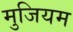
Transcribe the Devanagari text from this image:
मुजियम